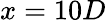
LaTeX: x=10D